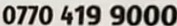
0770 419 9000